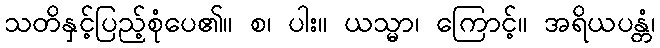
သတိနှင့်ပြည့်စုံပေ၏။ စ၊ ပါး။ ယသ္မာ၊ ကြောင့်။ အရိယပန္တံ၊